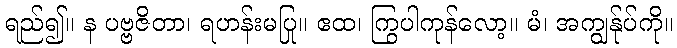
ရည်၍။ န ပဗ္ဗဇိတာ၊ ရဟန်းမပြု။ ဧထ၊ ကြွပါကုန်လော့။ မံ၊ အကျွန်ုပ်ကို။